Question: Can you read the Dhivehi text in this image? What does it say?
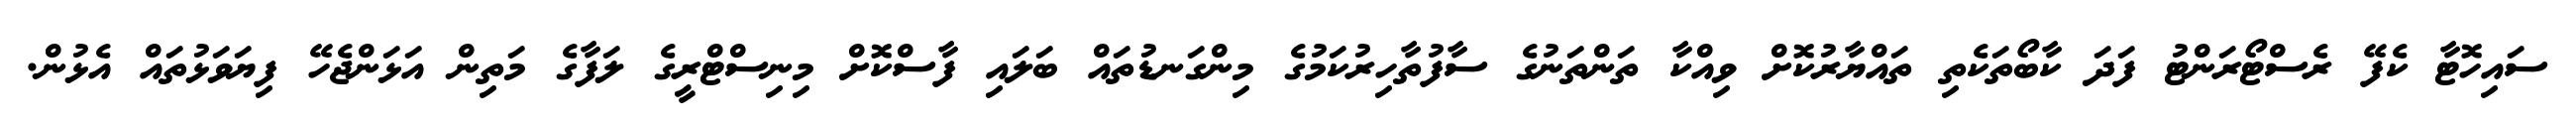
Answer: ސައިހޮޓާ ކެފޭ ރެސްޓޯރަންޓު ފަދަ ކާބޯތަކެތި ތައްޔާރުކޮށް ވިއްކާ ތަންތަނުގެ ސާފުތާހިރުކަމުގެ މިންގަނޑުތައް ބަލައި ފާސްކޮށް މިނިސްޓްރީގެ ލަފާގެ މަތިން އަޅަންޖެހޭ ފިޔަވަޅުތައް އެޅުން.